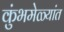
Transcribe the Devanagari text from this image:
कुंभमेळ्यांत